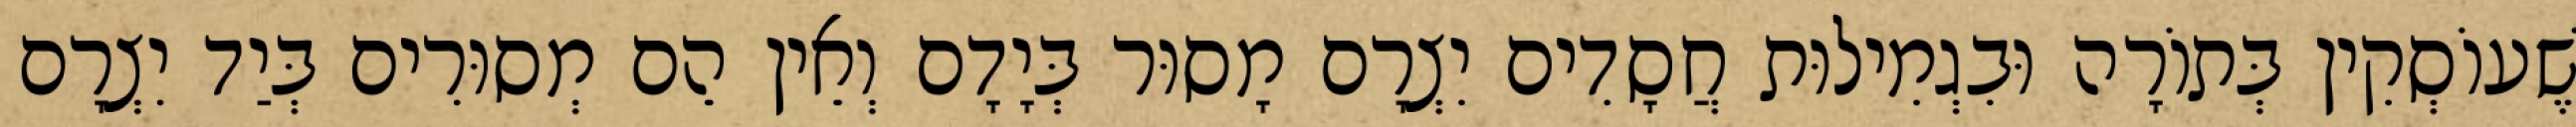
שֶׁעוֹסְקִין בְּתוֹרָה וּבִגְמִילוּת חֲסָדִים יִצְרָם מָסוּר בְּיָדָם וְאֵין הֵם מְסוּרִים בְּיַד יִצְרָם